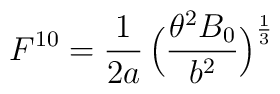
F^{10}=\frac{1}{2a}\,\Bigl(\frac{\theta^2B_0}{b^2}\Bigr)^\frac{1}{3}